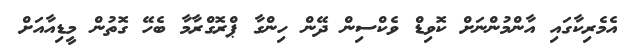
އެމެރިކާގައި އާންމުންނަށް ކޮވިޑް ވެކްސިން ދޭން ހިންގާ ޕްރޮގްރާމާ ބެހޭ ގޮތުން މީޑިއާއަށް